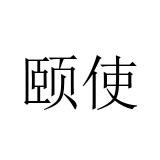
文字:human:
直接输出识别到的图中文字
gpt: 颐使